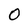
Character: 0